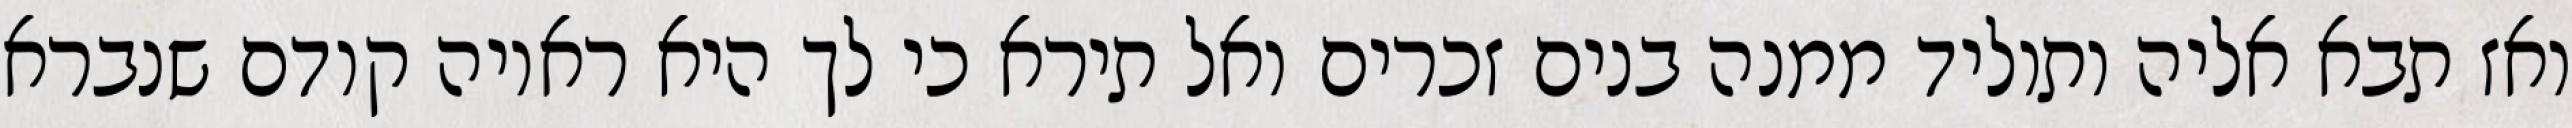
ואז תבא אליה ותוליד ממנה בנים זכרים ואל תירא כי לך היא ראויה קודם שנברא